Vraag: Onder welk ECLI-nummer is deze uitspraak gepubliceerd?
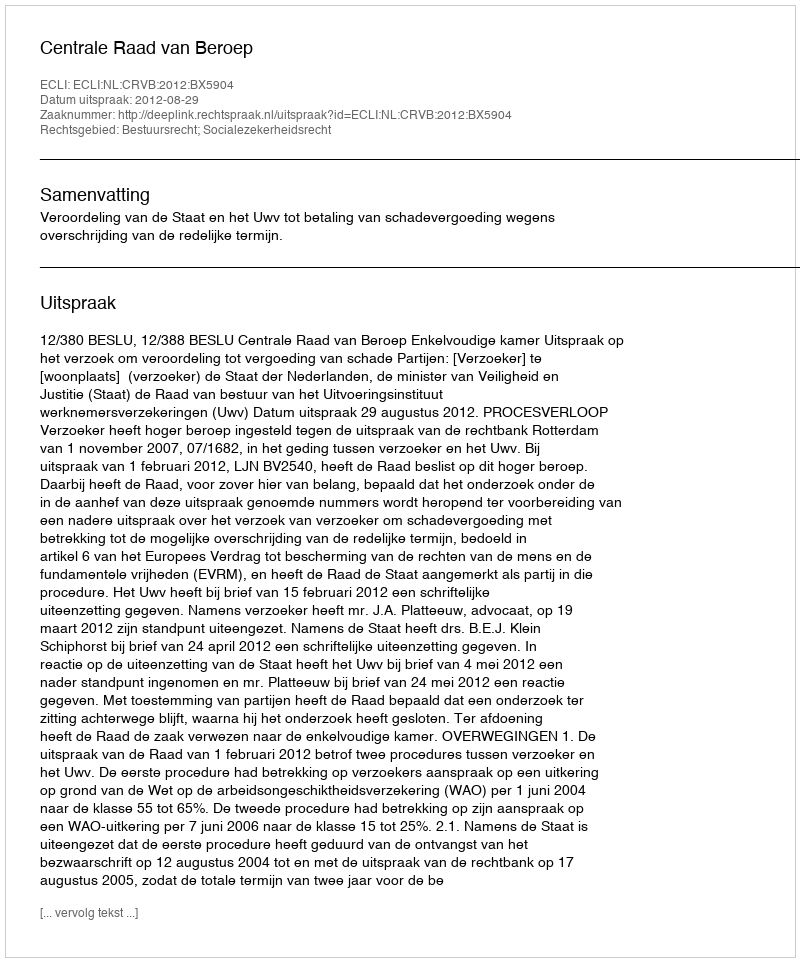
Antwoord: ECLI:NL:CRVB:2012:BX5904